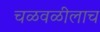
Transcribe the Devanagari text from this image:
चळवळीलाच